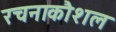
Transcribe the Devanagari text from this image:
रचनाकौशल